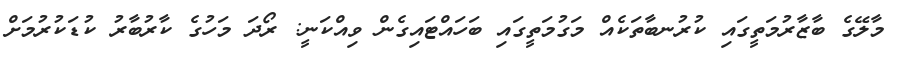
މާލޭގެ ބާޒާރުމަތީގައި ކުރުނބާތަކެއް މަގުމަތީގައި ބަހައްޓައިގެން ވިއްކަނީ: ރޯދަ މަހުގެ ކާރުބާރު ކުޑަކުރުމަށް